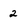
Character: 2